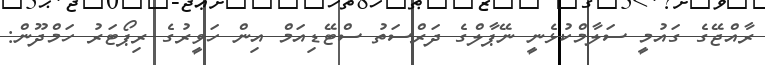
ރާއްޖޭގެ ގައުމީ ސަލާމްކުޅެނީ ނޭޕާލްގެ ދަރްސަތު ސްޓޭޑިއަމް އިން ހަވީރުގެ ރިޕޯޓަރު ހަމްދޫން: